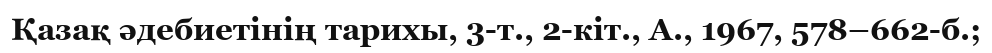
Қазақ әдебиетінің тарихы, 3-т., 2-кіт., А., 1967, 578–662-б.;